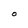
Character: O